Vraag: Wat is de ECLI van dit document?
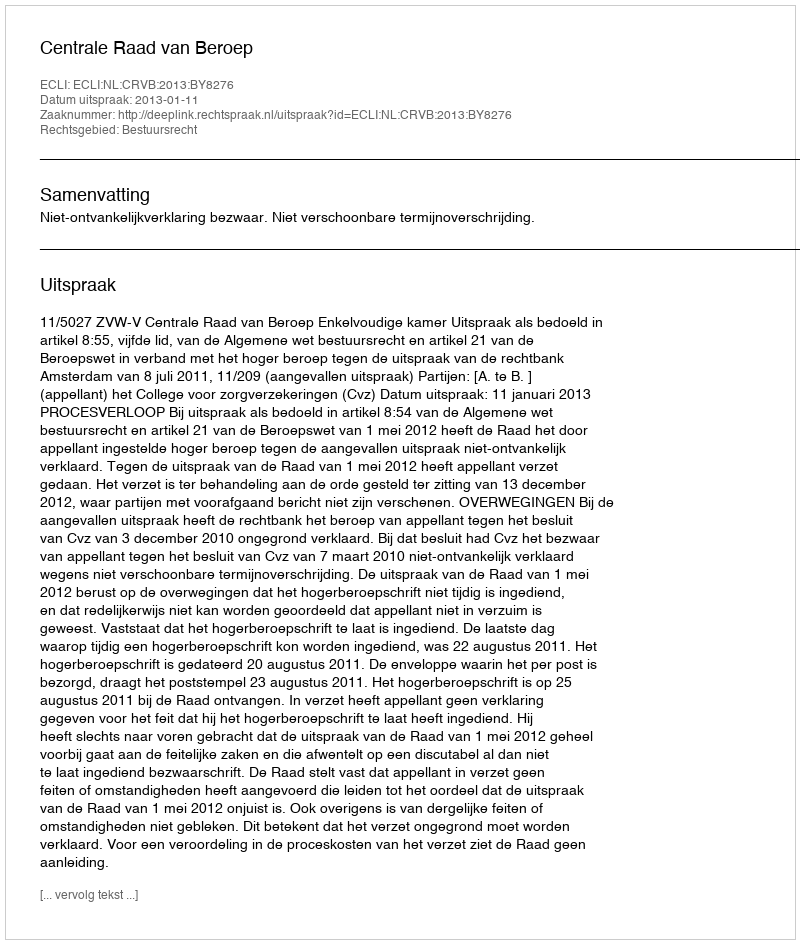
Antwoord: ECLI:NL:CRVB:2013:BY8276